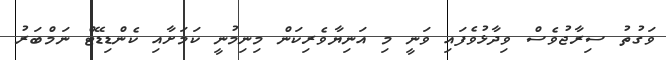
ވަގުތު ސިރާޖުވެސް ވިދާޅުވެފައި ވަނީ މި އަނިޔާވެރިކަން މިނިމުނީ ކަމަށާއި ކެންޑިޑޭޓް ނަމްބަރު